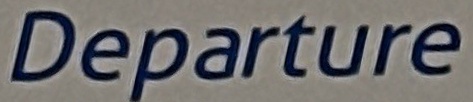
Departure